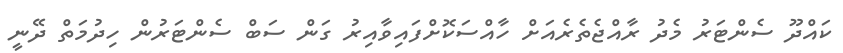
ކައްދޫ ސެންޓަރު މެދު ރާއްޖެތެރެއަށް ހާއްސަކޮށްފައިވާއިރު ގަން ސަބް ސެންޓަރުން ހިދުމަތް ދޭނީ